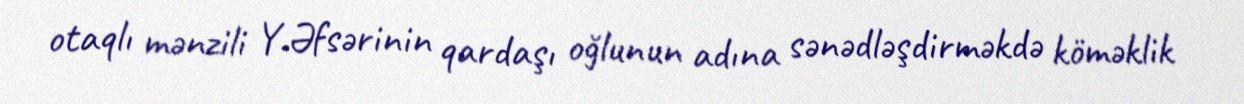
otaqlı mənzili Y.Əfsərinin qardaşı oğlunun adına sənədləşdirməkdə köməklik